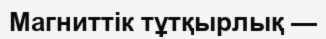
Магниттік тұтқырлық —